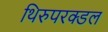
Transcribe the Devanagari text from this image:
थिरुपरक्डल